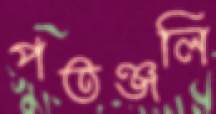
পতঞ্জলি